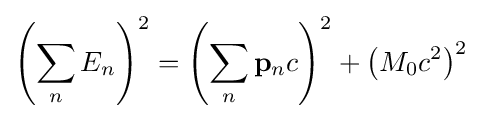
\left(\sum _{n}E_{n}\right)^{2}=\left(\sum _{n}\mathbf {p} _{n}c\right)^{2}+\left(M_{0}c^{2}\right)^{2}